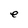
Character: e